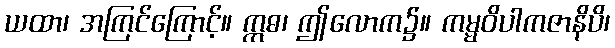
ယထာ၊ အကြင်ကြောင့်။ ဣဓ၊ ဤလောက၌။ ကမ္မဝိပါကဇာနိပိ၊